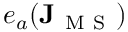
e _ { a } ( \mathbf { J } _ { \mathrm { ~ M ~ S ~ } } )